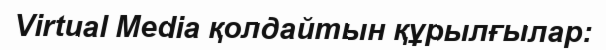
Virtual Media қолдайтын құрылғылар: